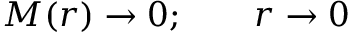
M ( r ) \rightarrow 0 ; \qquad r \rightarrow 0